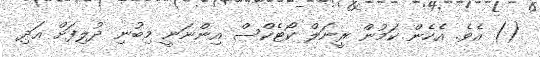
() އެވެ. އެހެން ކަމުން ރީނަލް ކޯޓެކްސް އިންނަނީ މިބުނި ދުލިފަށް އަދި